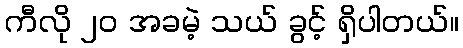
ကီလို ၂၀ အခမဲ့ သယ် ခွင့် ရှိပါတယ်။